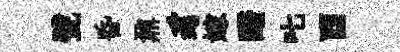
甓昏鼐豸嫁醱叱酉